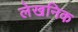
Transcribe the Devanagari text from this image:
लेखनिक